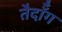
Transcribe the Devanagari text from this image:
तैदॉँग